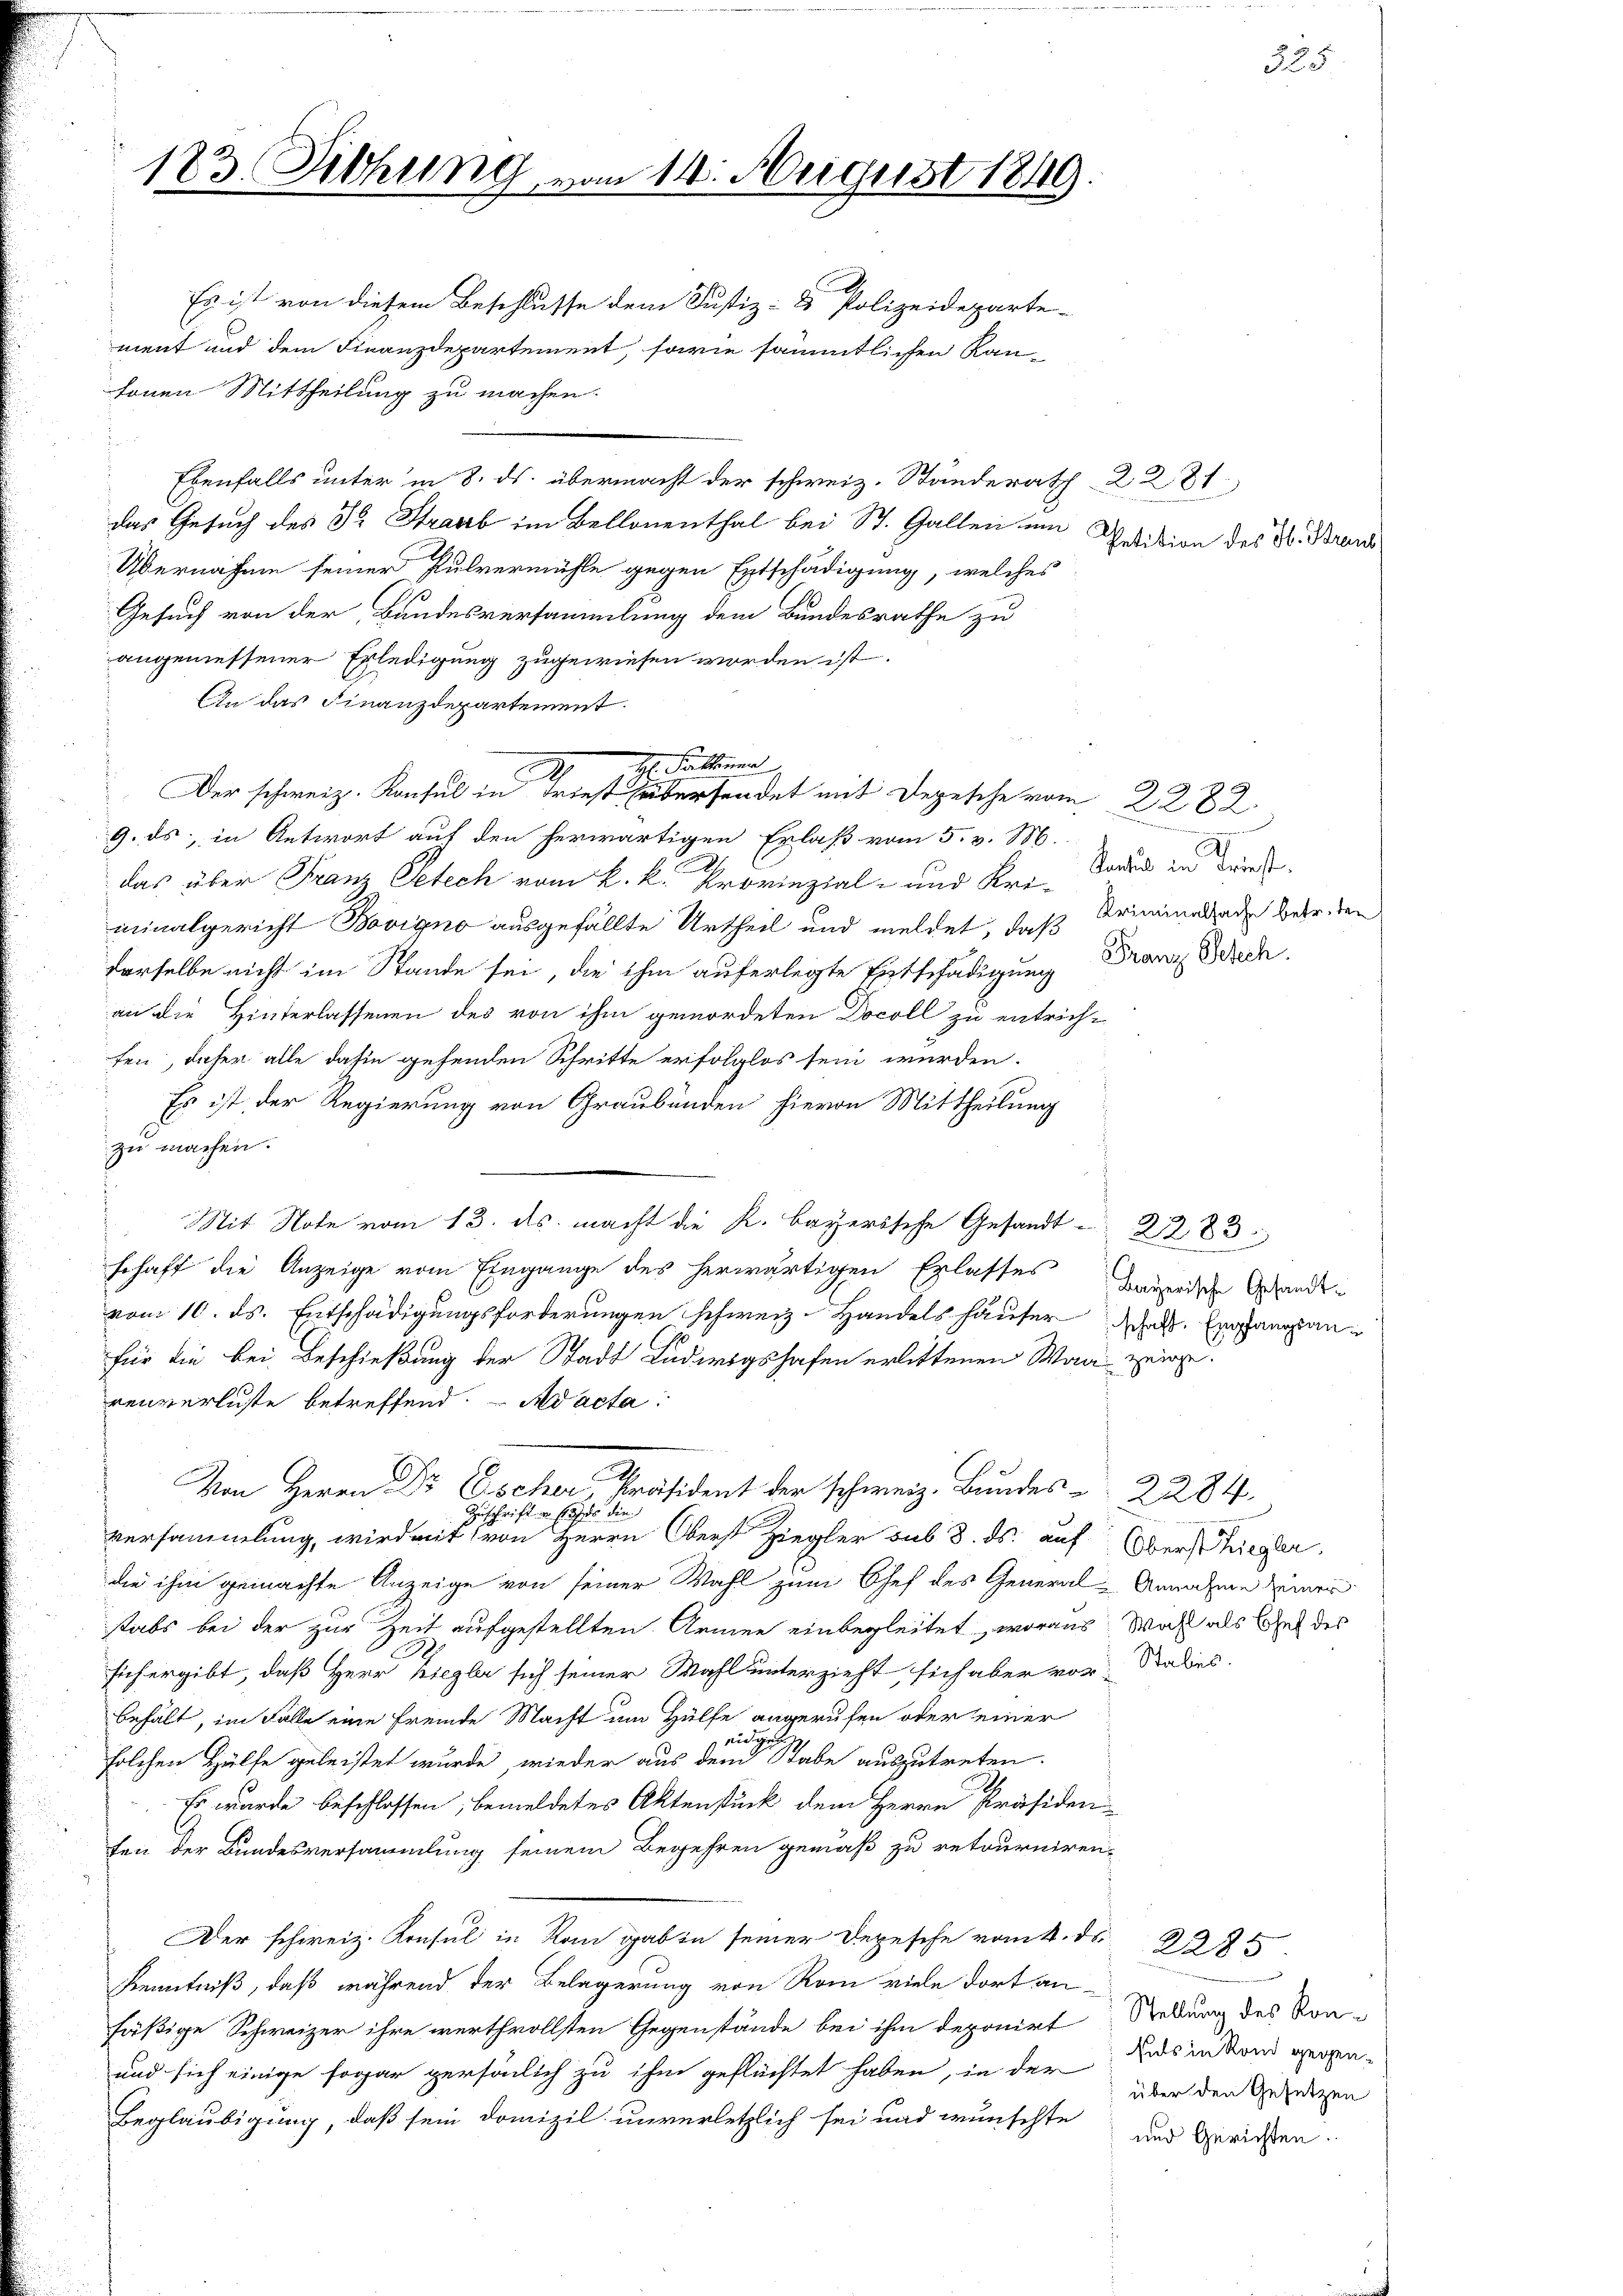
183. Diehung vom 14. August 1849.

Es ist von diesem Beschlusse dem Justiz- & Polizeideparte-
ment und dem Finanzdepartement, sowie sämmtlichen Raufonen Mittheilung zu machen.
Ebenfalls unter in 8. ds. übermacht der schweiz. Standerath 2281
das Gesuch des Dr. Straub im Bellonenthal bei St. Gallen um edition des Dr. Brand
Übernahme seiner Pulvermühle gegen Entschädigung, welches
Gesuch von der Bandesversammlung dem Bundesrathe zu
angemessener Erledigung zugewiesen worden ist.
An das Finanzdepartement.
9. ds, in Antwort auf den herwärtigen Erlaß vom 5. v. M.
das über Franz Petech vom k. k. Provinzial- und Uriminalgericht Bovigno ausgefällte Urtheil und meldet, daß Kriminalade betr. den
derselbe nicht im Stande sei, die ihm auferlegte Entschädigung Franz Bec
an die Hinterlassenen des von ihm gemordeten Docoll zu entricht
fen, daher alle dahin gehenden Schritte erfolglos sein würden.
Es ist, der Regierung von Graubünden hievon Mittheilung
zu machen.
Mit Note vom 13. ds. macht die K. bayerische Gesandt 2283
schaft die Anzeige vom Eingange des herwärtigen Erlasses Gegenden Grands-
vom 10. ds. Entschädigungsforderungen schweiz. Handelshäuser dass Enfangsanfür die bei Beschiebung der Stadt Ludwigshafen erlittenen Wag zeige.
renverluste betreffend. Ad acta
Von Herrn Dr Escher Präsident der schweiz. Bundes 2284.
Zuschrift er ses die
versammlung, wird mit von Herrn Oberst Ziegler sub 8. ds. auf Obersiegler,
die ihm gemachte Anzeige von seiner Wahl zum Chef des General-Annahme Zimer
stabs bei der zur Zeit aufgestellten Armen einbegleitet, woraus. Wahl als Chef des
sich ergibt, daß Herr Ziegler sich seiner Wahl unterzieht, sich aber vor Staliens.
behält, im Falle eine fremde Macht um Hülfe angerufen oder seiner
nnd ge
solchen Hülfe geleistet wurde, wieder aus dem Stabe auszutreten.
Es wurde beschlossen, bemeldetes Aktenstück dem Herrn Präsiden-
fen der Bundesversammlung seinem Begehren gemäß zu retourniren-
Der schweiz. Konsul in Kan gab in seiner Depesche vom 4. ds.
Kenntniß, daß während der Belagerung von Rom viele dort an-
fäßige Schweizer ihre werthvollsten Gegenstände bei ihm deponirt Rettung des Kon-
und sich einige sogar persönlich zu ihm geflüchtet haben, in der
Beglaubigung, daß sein Domizil unverletzlich sei und wünschte

H. Falleinen
Der schweiz. Konsul in Friestersendet mit Depesche vom 2282.

Pactus in Krist.

2285
Rats in Rand gegenüber den Gesetzen
und Gerichten.

335